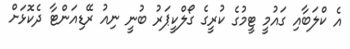
އެ ކްލަބާއި ގައުމީ ޓީމުގެ ކުރީގެ ގޯލްކީޕަރު ބުނީ ނިއު ރޭޑިއަންޓާ ދެކޮޅަށް